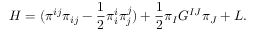
{ \cal { H } } = ( \pi ^ { i j } \pi _ { i j } - \frac { 1 } { 2 } \pi _ { i } ^ { i } \pi _ { j } ^ { j } ) + \frac { 1 } { 2 } \pi _ { I } G ^ { I J } \pi _ { J } + { \cal { L } } .